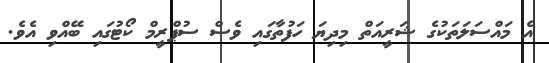
އެ މައްސަލަތަކުގެ ޝަރީއަތް މިދިޔަ ހަފުތާގައި ވެސް ސުޕްރީމް ކޯޓުގައި ބޭއްވި އެވެ.